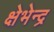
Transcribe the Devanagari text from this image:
क्षेभेन्द्र